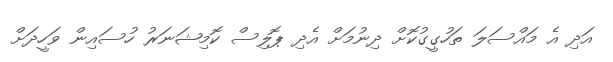
އަދި އެ މައްސަލަ ތަހުގީގުކޮށް ދިނުމަށް އެދި ޕޮލިސް ކޮމިޝަނަރު ހުސައިން ވަހީދަށް